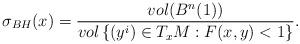
LaTeX: \begin{align*} \sigma_{BH}(x)=\frac{vol(B^n(1))}{vol\left\lbrace (y^i)\in T_xM : F(x,y)< 1 \right\rbrace }. \end{align*}